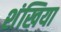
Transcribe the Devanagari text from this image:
शंखिया